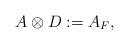
LaTeX: \begin{align*}A\otimes D:=A_F, \end{align*}